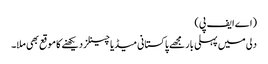
(اے ایف پی)
دلی میں پہلی بار مجھے پاکستانی میڈیا چینلز دیکھنے کا موقع بھی ملا۔